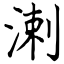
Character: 溂